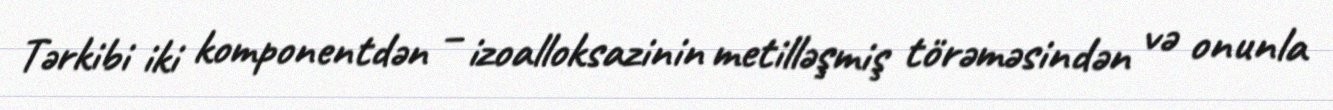
Tərkibi iki komponentdən – izoalloksazinin metilləşmiş törəməsindən və onunla